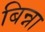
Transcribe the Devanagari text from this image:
बिन्ना